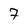
Character: 7